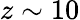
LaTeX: z\sim 10